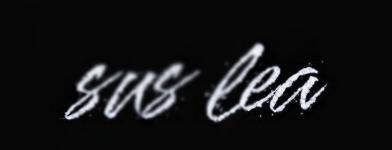
sus lea